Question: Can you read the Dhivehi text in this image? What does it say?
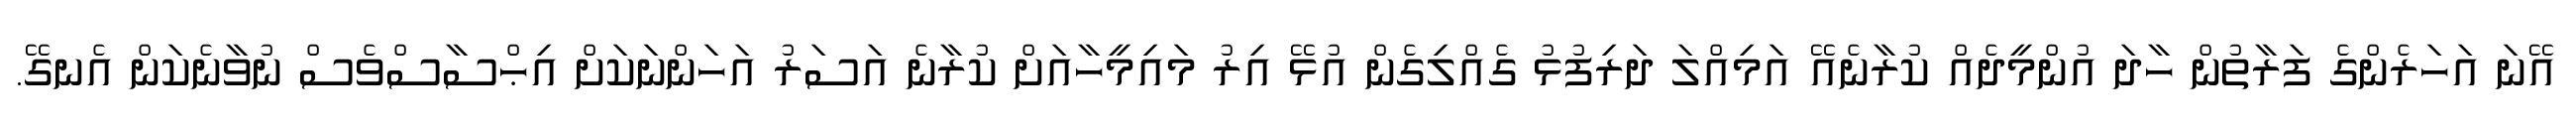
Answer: އޭނަ އަހަރެންގެ ފަރާތުން ހާދަ އުންމީދެއް ކުރާނެއޭ އަމިއްލަ ދަރިފުޅު ގެއްލިގެން އުޅޭ އިރު މައިމީހާއަށް ކުރާނެ އަސަރު އަހަންނަކަށް އިޙްސާސްވެސް ނުވާނެކަން އެނގޭ.